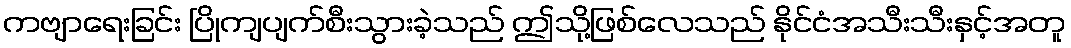
ကဗျာရေးခြင်း ပြိုကျပျက်စီးသွားခဲ့သည် ဤသို့ဖြစ်လေသည် နိုင်ငံအသီးသီးနှင့်အတူ